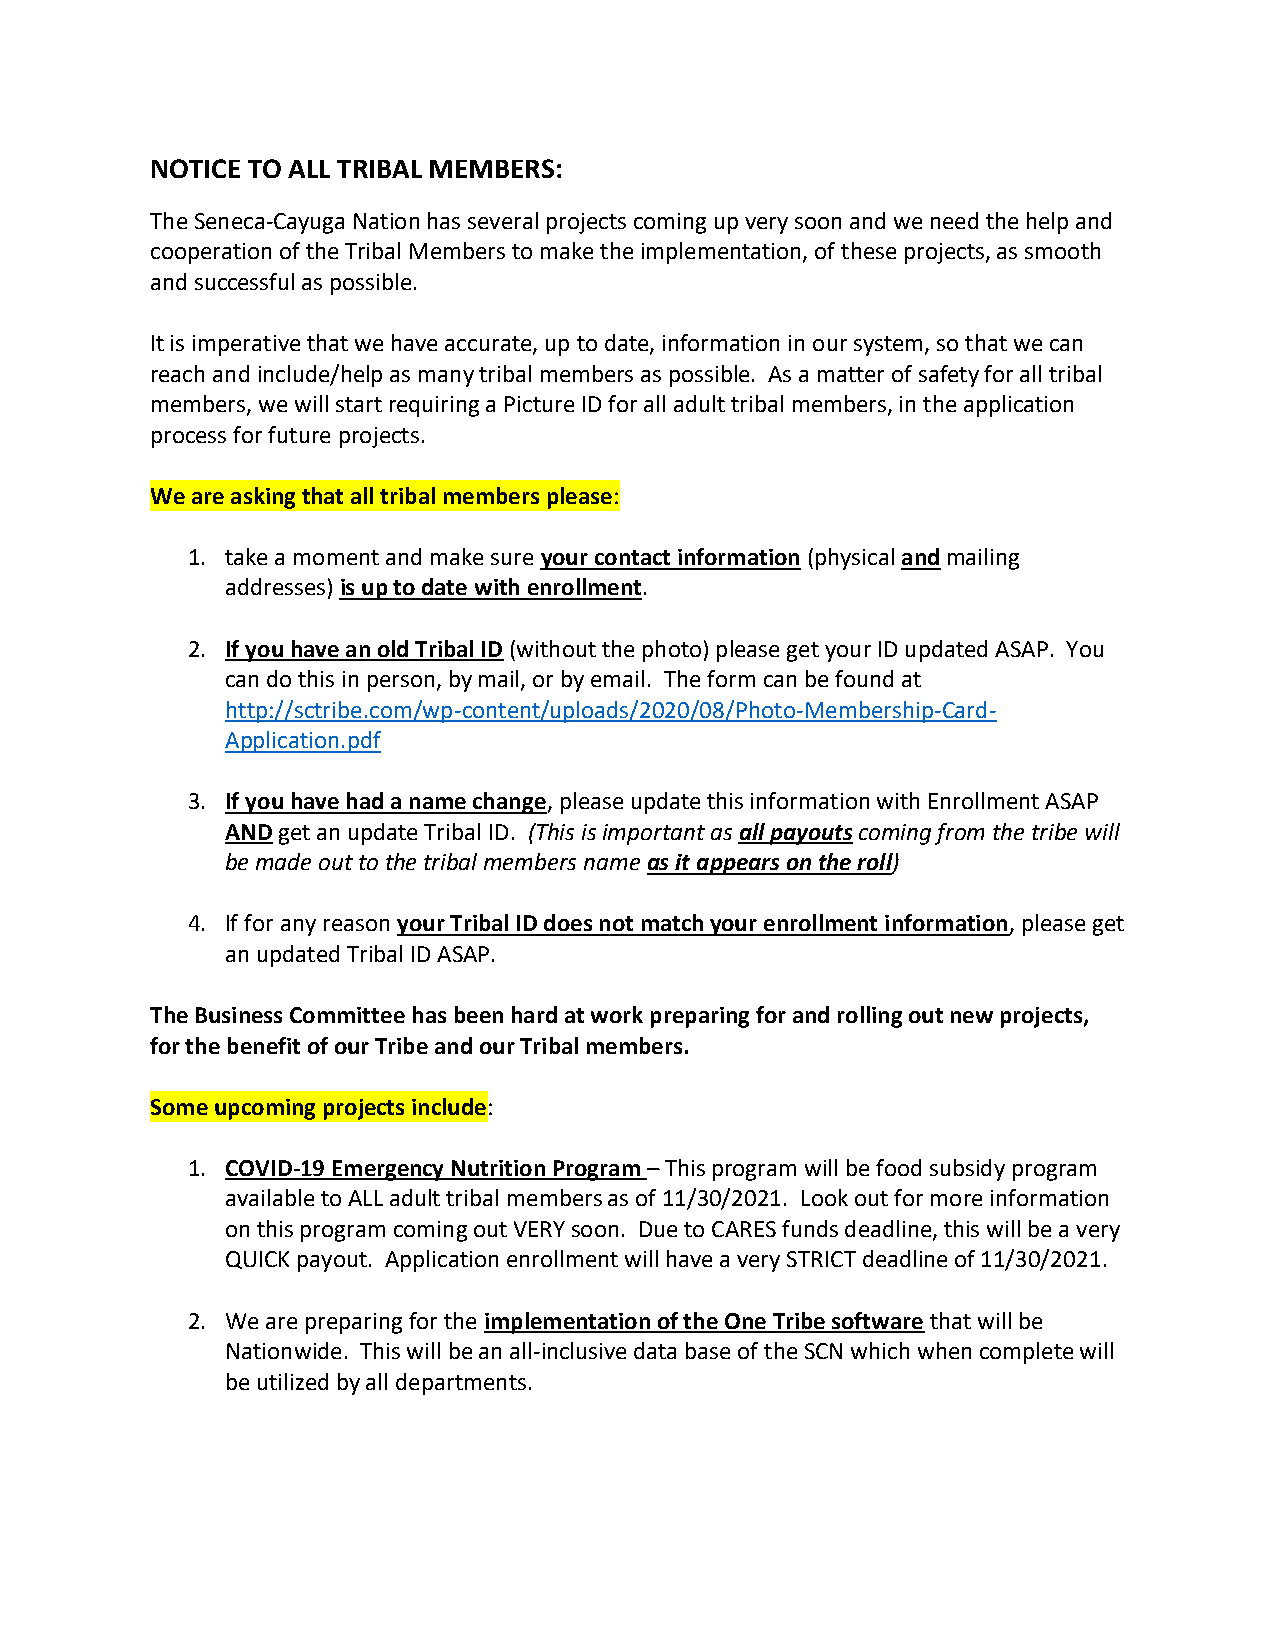
NOTICE TO ALL TRIBAL MEMBERS:
 The Seneca-Cayuga Nation has several projects coming up very soon and we need the help and
 cooperation of the Tribal Members to make the implementation, of these projects, as smooth
 and successful as possible.
 It is imperative that we have accurate, up to date, information in our system, so that we can
 reach and include/help as many tribal members as possible. As a matter of safety for all tribal
 members, we will start requiring a Picture ID for all adult tribal members, in the application
 process for future projects.
 We are asking that all tribal members please:
 1. take a moment and make sure your contact information (physical and mailing
 addresses) is up to date with enrollment.
 2. If you have an old Tribal ID (without the photo) please get your ID updated ASAP. You
 can do this in person, by mail, or by email. The form can be found at
 http://sctribe.com/wp-content/uploads/2020/08/Photo-Membership-Card-
 Application.pdf
 3. If you have had a name change, please update this information with Enrollment ASAP
 AND get an update Tribal ID. (This is important as all payouts coming from the tribe will
 be made out to the tribal members name as it appears on the roll)
 4. If for any reason your Tribal ID does not match your enrollment information, please get
 an updated Tribal ID ASAP.
 The Business Committee has been hard at work preparing for and rolling out new projects,
 for the benefit of our Tribe and our Tribal members.
 Some upcoming projects include:
 1. COVID-19 Emergency Nutrition Program – This program will be food subsidy program
 available to ALL adult tribal members as of 11/30/2021. Look out for more information
 on this program coming out VERY soon. Due to CARES funds deadline, this will be a very
 QUICK payout. Application enrollment will have a very STRICT deadline of 11/30/2021.
 2. We are preparing for the implementation of the One Tribe software that will be
 Nationwide. This will be an all-inclusive data base of the SCN which when complete will
 be utilized by all departments.